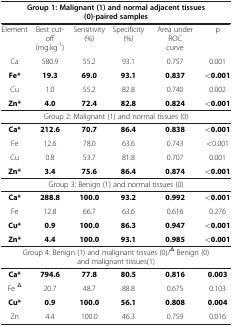
<table><thead><tr><td colspan="6"><b>Group 1: Malignant (1) and normal adjacent tissues (0)-paired samples</b></td></tr></thead><tbody><tr><td>Element</td><td>Best cut-off (mg.kg<sup>-1</sup>)</td><td>Sensitivity (%)</td><td>Specificity (%)</td><td>Area under ROC curve</td><td>p</td></tr><tr><td>Ca</td><td>580.9</td><td>55.2</td><td>93.1</td><td>0.757</td><td>0.001</td></tr><tr><td><b>Fe*</b></td><td><b>19.3</b></td><td><b>69.0</b></td><td><b>93.1</b></td><td><b>0.837</b></td><td><b>&lt;0.001</b></td></tr><tr><td>Cu</td><td>1.0</td><td>55.2</td><td>82.8</td><td>0.740</td><td>0.002</td></tr><tr><td><b>Zn*</b></td><td><b>4.0</b></td><td><b>72.4</b></td><td><b>82.8</b></td><td><b>0.824</b></td><td><b>&lt;0.001</b></td></tr><tr><td colspan="6">Group 2: Malignant (1) and normal tissues (0)</td></tr><tr><td><b>Ca*</b></td><td><b>212.6</b></td><td><b>70.7</b></td><td><b>86.4</b></td><td><b>0.838</b></td><td><b>&lt;0.001</b></td></tr><tr><td>Fe</td><td>12.6</td><td>78.0</td><td>63.6</td><td>0.743</td><td>&lt;0.001</td></tr><tr><td>Cu</td><td>0.8</td><td>53.7</td><td>81.8</td><td>0.707</td><td>0.001</td></tr><tr><td><b>Zn*</b></td><td><b>3.4</b></td><td><b>75.6</b></td><td><b>86.4</b></td><td><b>0.874</b></td><td><b>&lt;0.001</b></td></tr><tr><td colspan="6">Group 3: Benign (1) and normal tissues (0)</td></tr><tr><td><b>Ca*</b></td><td><b>288.8</b></td><td><b>100.0</b></td><td><b>93.2</b></td><td><b>0.992</b></td><td><b>&lt;0.001</b></td></tr><tr><td>Fe</td><td>12.8</td><td>66.7</td><td>63.6</td><td>0.616</td><td>0.276</td></tr><tr><td><b>Cu*</b></td><td><b>0.9</b></td><td><b>100.0</b></td><td><b>86.3</b></td><td><b>0.947</b></td><td><b>&lt;0.001</b></td></tr><tr><td><b>Zn*</b></td><td><b>4.4</b></td><td><b>100.0</b></td><td><b>93.1</b></td><td><b>0.985</b></td><td><b>&lt;0.001</b></td></tr><tr><td colspan="6">Group 4: Benign (1) and malignant tissues (0)/<sup>Δ</sup> Benign (0) and malignant tissues(1)</td></tr><tr><td><b>Ca*</b></td><td><b>794.6</b></td><td><b>77.8</b></td><td><b>80.5</b></td><td><b>0.816</b></td><td><b>0.003</b></td></tr><tr><td>Fe <sup>Δ</sup></td><td>20.7</td><td>48.7</td><td>88.8</td><td>0.675</td><td>0.103</td></tr><tr><td><b>Cu*</b></td><td><b>0.9</b></td><td><b>100.0</b></td><td><b>56.1</b></td><td><b>0.808</b></td><td><b>0.004</b></td></tr><tr><td>Zn</td><td>4.4</td><td>100.0</td><td>46.3</td><td>0.759</td><td>0.016</td></tr></tbody></table>